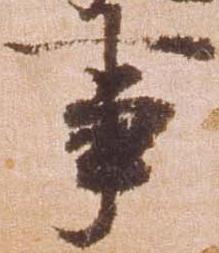
事